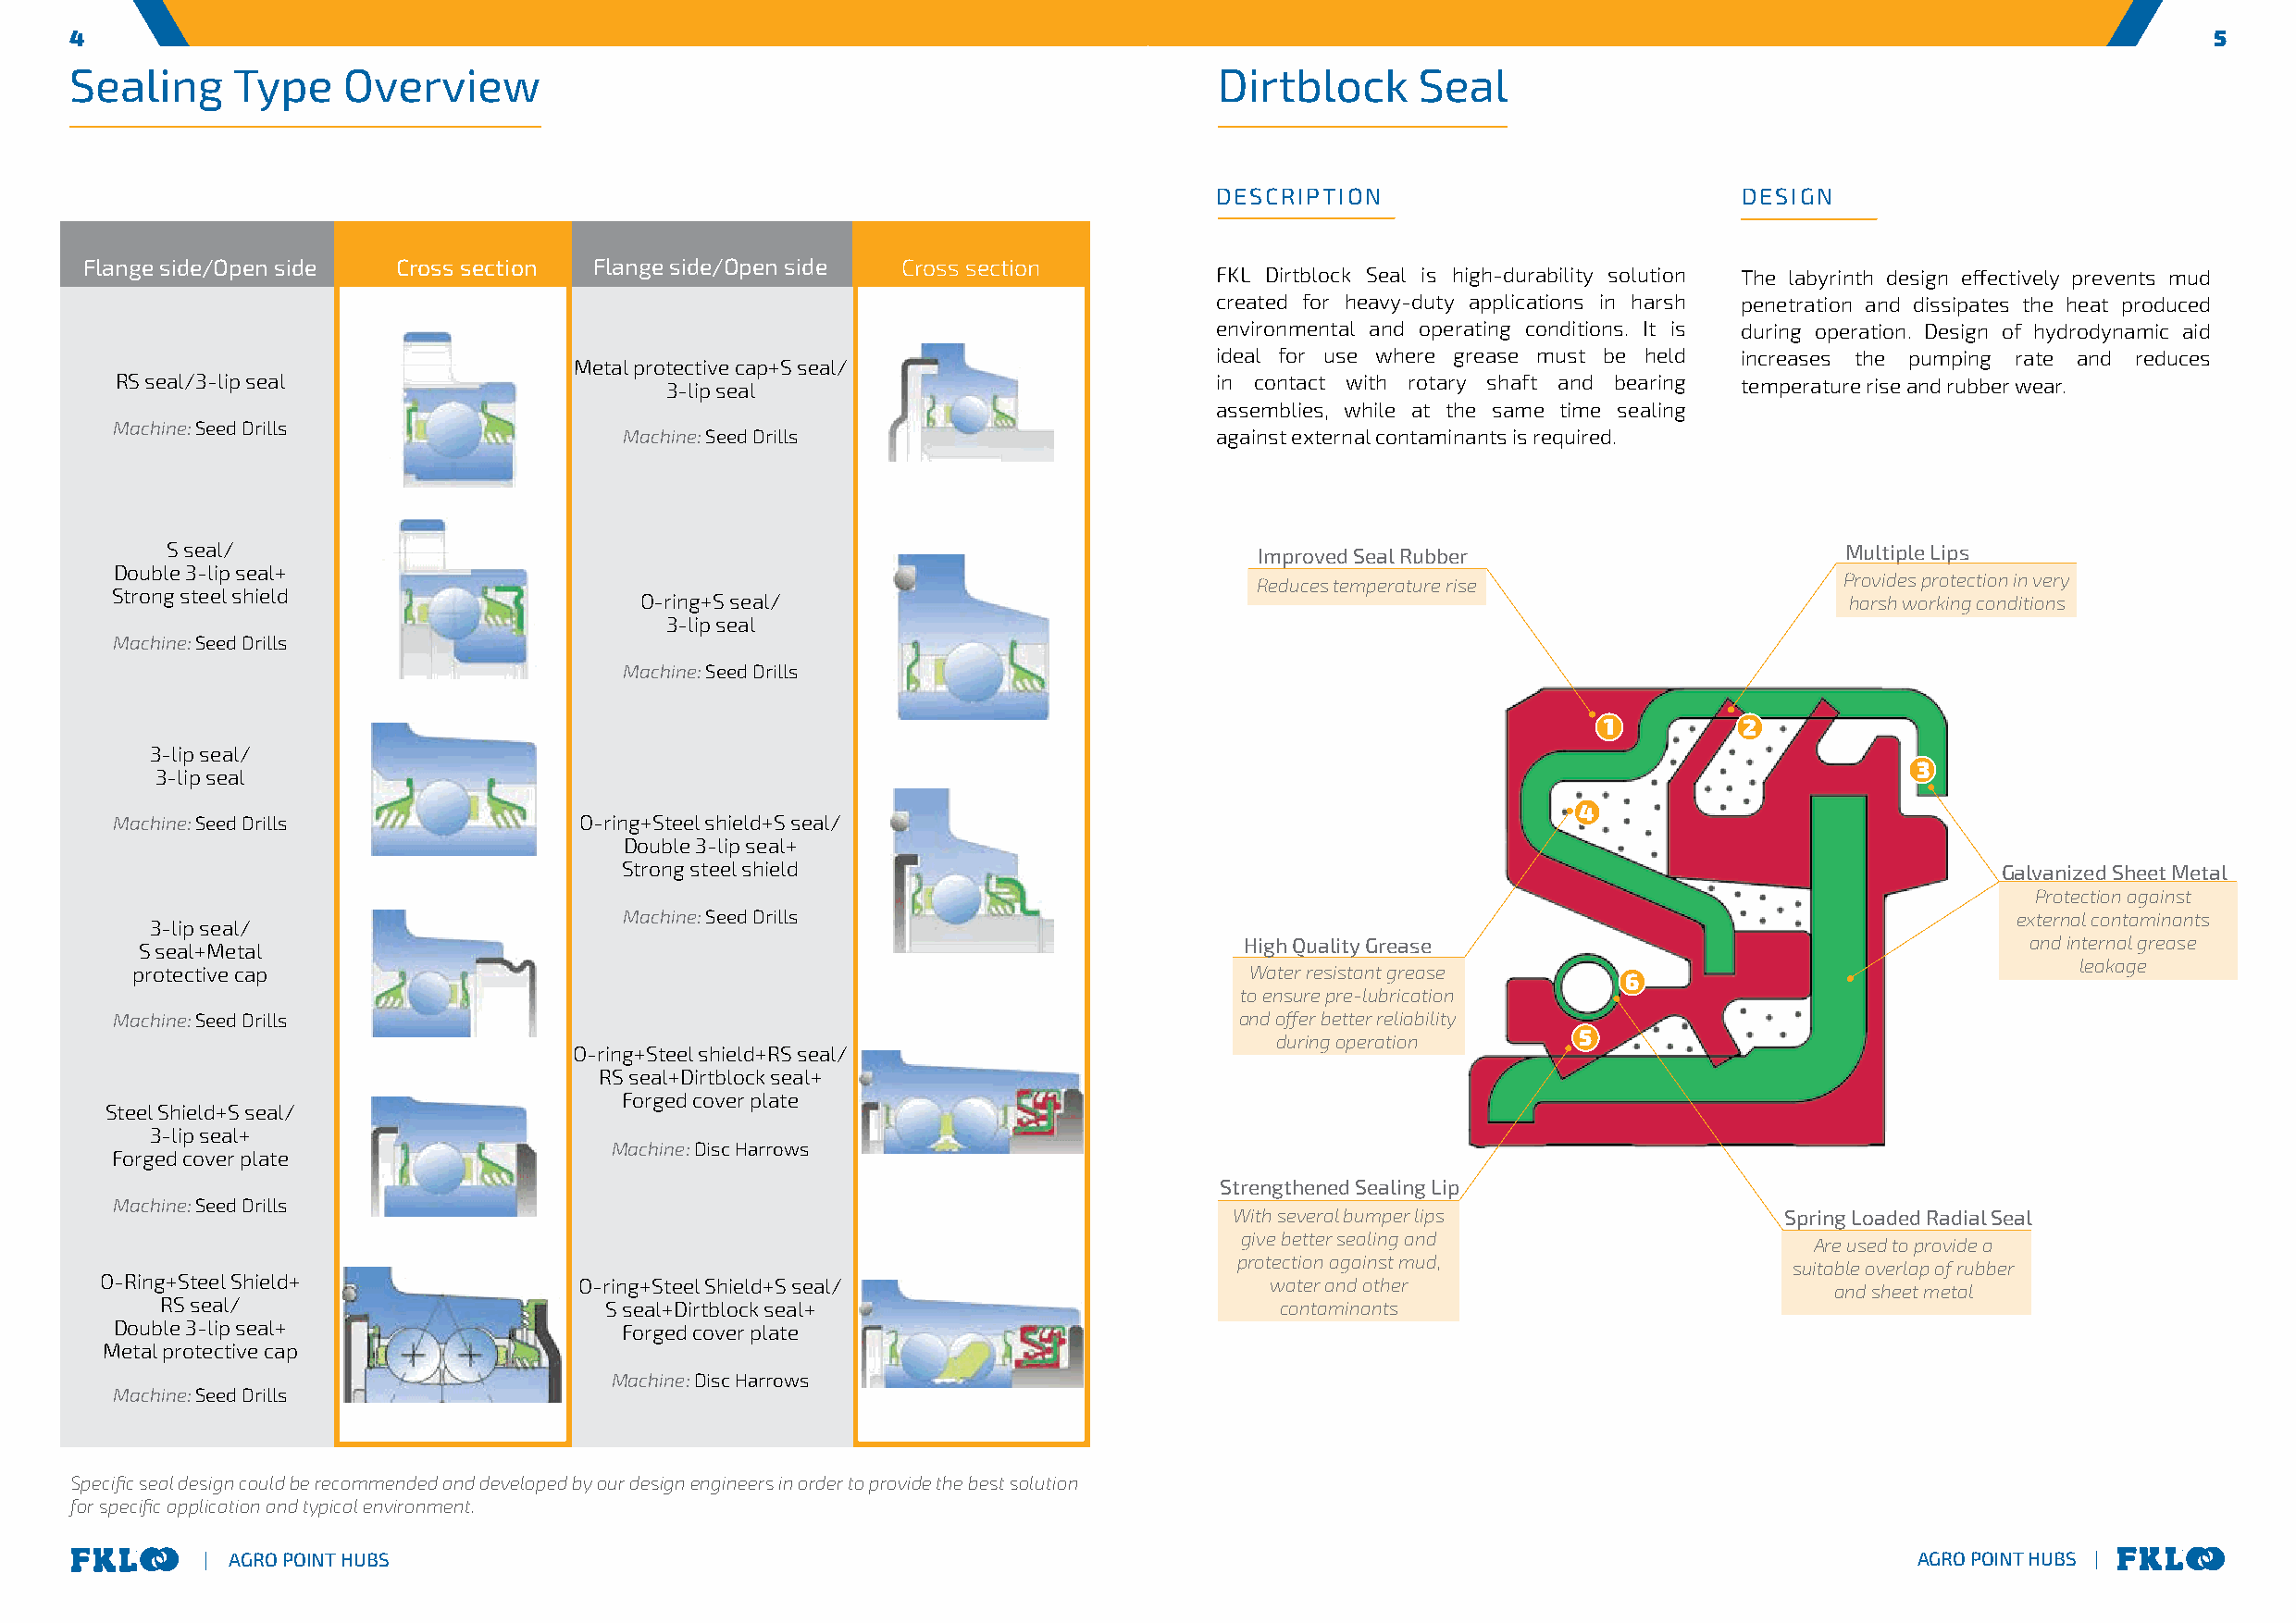
4                                                                                                                                                        5
 Sealing     Type    Overview                                                      Dirtblock     Seal
 DESCRIPTION                           DESIGN
 Flange side/Open side Cross section Flange side/Open side Cross section
 FKL Dirtblock Seal is high-durability solution The labyrinth design effectively prevents mud
 created for heavy-duty applications in harsh penetration and dissipates the heat produced
 environmental and operating conditions. It is during operation. Design of hydrodynamic aid
 ideal for use where grease must be held increases the pumping rate and reduces
 Metal protective cap+S seal/
 RS seal/3-lip seal                      3-lip seal                             in contact with rotary shaft and bearing temperature rise and rubber wear.
 assemblies, while at the same time sealing
 Machine: Seed Drills
 Machine: Seed Drills                      against external contaminants is required.
 S seal/                                                                       Improved Seal Rubber                      Multiple Lips
 Double 3-lip seal+
 Reduces temperature rise                  Provides protection in very
 Strong steel shield                   O-ring+S seal/                                                                        harsh working conditions
 3-lip seal
 Machine: Seed Drills
 Machine: Seed Drills
 1         2
 3-lip seal/
 3
 3-lip seal
 4
 Machine: Seed Drills             O-ring+Steel shield+S seal/
 Double 3-lip seal+
 Strong steel shield                                                                                Galvanized Sheet Metal
 Protection against
 Machine: Seed Drills                                                                               external contaminants
 3-lip seal/
 High Quality Grease                                     and internal grease
 S seal+Metal
 leakage
 protective cap                                                                  Water resistant grease
 6
 to ensure pre-lubrication
 Machine: Seed Drills                                                             and offer better reliability
 during operation      5
 O-ring+Steel shield+RS seal/
 RS seal+Dirtblock seal+
 Forged cover plate
 Steel Shield+S seal/
 3-lip seal+
 Machine: Disc Harrows
 Forged cover plate
 Strengthened Sealing Lip
 Machine: Seed Drills
 With several bumper lips                Spring Loaded Radial Seal
 give better sealing and
 Are used to provide a
 protection against mud,
 suitable overlap of rubber
 O-Ring+Steel Shield+              O-ring+Steel Shield+S seal/                       water and other
 and sheet metal
 RS seal/                        S seal+Dirtblock seal+                           contaminants
 Double 3-lip seal+                  Forged cover plate
 Metal protective cap
 Machine: Disc Harrows
 Machine: Seed Drills
 Specific seal design could be recommended and developed by our design engineers in order to provide the best solution
 for specific application and typical environment.
 | AGRO POINT HUBS                                                                                                         AGRO POINT HUBS |